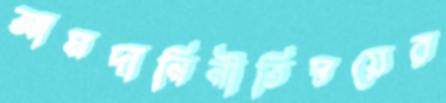
আমদানিনীতিদ্বয়ের